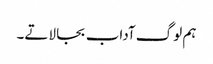
ہم لوگ آداب بجا لاتے۔